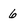
Character: 6